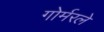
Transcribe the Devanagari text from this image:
गोर्मरले